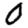
Digit: 0